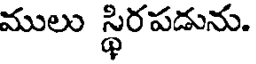
ములు స్థిరపడును.